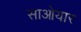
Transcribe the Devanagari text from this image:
साओयार